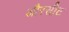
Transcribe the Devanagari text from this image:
औरसीट